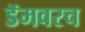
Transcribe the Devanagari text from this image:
डॅमवरच